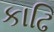
કાઢિ